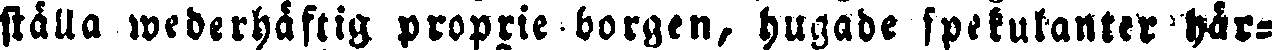
ställa wederhäftig proprie borgen, hugade spekulanter här-